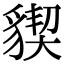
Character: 䝟